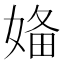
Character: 𡞕